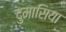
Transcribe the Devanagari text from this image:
दुमासिया